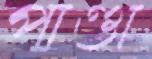
পাণ্ডা